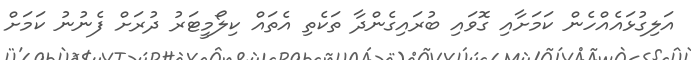
އަލިގުޅައެއްހެން ކަމަށާއި ގޮވައި ބުރައިގެންދާ ތަކެތި އެތައް ކިލޯމީޓަރު ދުރަށް ފެނުނު ކަމަށް